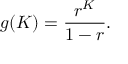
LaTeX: g ( K ) = { \frac { r ^ { K } } { 1 - r } } .